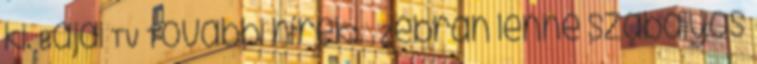
ki. Bajai TV További hírek: « Zebrán lenne szabályos